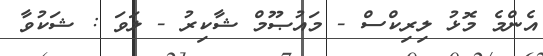
އެންމެ މޮޅު ލިރިކްސް - މައުޞޫމް ޝާކިރު - ލަވަ : ޝަކުވާ